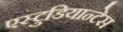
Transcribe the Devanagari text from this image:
एस्टुडियान्टेस